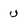
Character: u